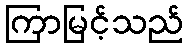
ကြာမြင့်သည်